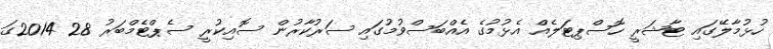
ހުޅުމާލޭގައި ޓާޝަރީ ހޮސްޕިޓަލެއް އެޅުމުގެ އެއްބަސްވުމުގައި ސަރުކާރުން ސޮއިކުރީ ސެޕްޓެމްބަރު 28 2014ގަ